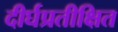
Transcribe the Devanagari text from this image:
दीर्घप्रतीक्षित